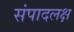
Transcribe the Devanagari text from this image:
संपादलक्ष